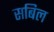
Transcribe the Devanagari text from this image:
सबिल